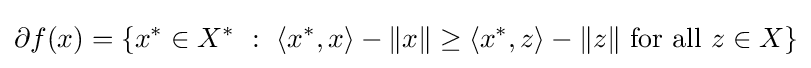
\partial f(x)=\left\{x^{*}\in X^{*}~:~\left\langle x^{*},x\right\rangle -\|x\|\geq \left\langle x^{*},z\right\rangle -\|z\|{\text{ for all }}z\in X\right\}